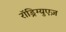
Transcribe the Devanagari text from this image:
रॉड्रिग्युएज़